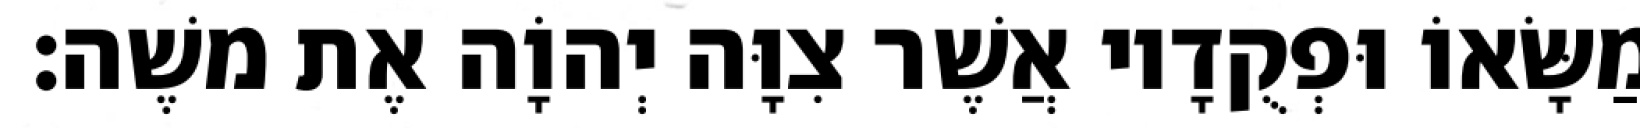
מַשָּׂאוֹ וּפְקֻדָיו אֲשֶׁר צִוָּה יְהוָֹה אֶת משֶׁה׃